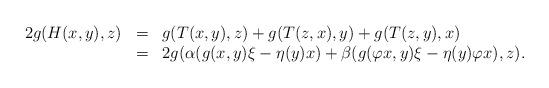
LaTeX: \begin{align*}\begin{array}{lll} 2g(H(x,y),z)& =& g(T(x,y),z)+g(T(z,x),y)+g(T(z,y),x) \\ & = & 2g(\alpha(g(x,y)\xi-\eta(y)x)+\beta(g(\varphi x,y)\xi-\eta(y)\varphi x),z).\end{array}\end{align*}